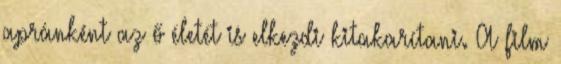
apránként az ő életét is elkezdi kitakarítani. A film